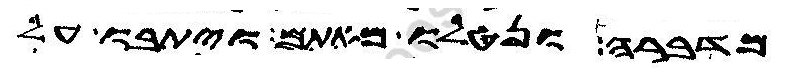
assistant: מדברה ונטלו מאתם ויתבו על